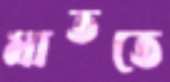
মাততে